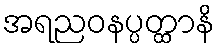
အရညဝနပ္ပတ္ထာနိ